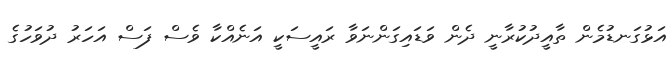
އަޅުގަނޑުމެން ތާއީދުކުރާނީ ދެން ވަޑައިގަންނަވާ ރައީސަކީ އަނެއްކާ ވެސް ފަސް އަހަރު ދުވަހުގެ